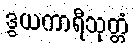
ဒွယကာရီသုတ္တံ